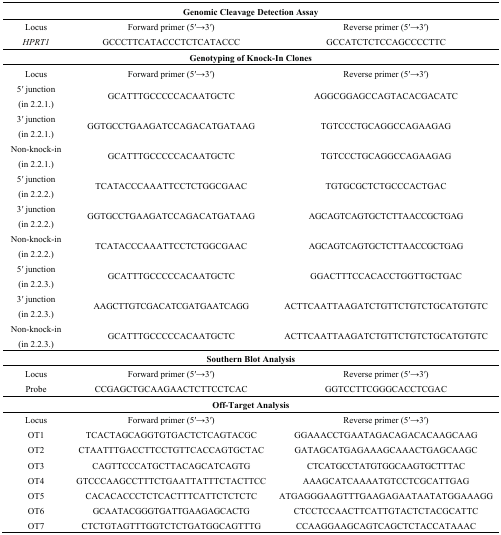
| <COLSPAN=3> Genomic Cleavage Detection Assay |
 | --- | --- | --- |
 | Locus | Forward primer (5′→3′) | Reverse primer (5′→3′) |
 | HPRT1 | GCCCTTCATACCCTCTCATACCC | GCCATCTCTCCAGCCCCTTC |
 | <COLSPAN=3> Genotyping of Knock-In Clones |
 | Locus | Forward primer (5′→3′) | Reverse primer (5′→3′) |
 | 5′ junction (in 2.2.1.) | GCATTTGCCCCCACAATGCTC | AGGCGGAGCCAGTACACGACATC |
 | 3′ junction (in 2.2.1.) | GGTGCCTGAAGATCCAGACATGATAAG | TGTCCCTGCAGGCCAGAAGAG |
 | Non-knock-in (in 2.2.1.) | GCATTTGCCCCCACAATGCTC | TGTCCCTGCAGGCCAGAAGAG |
 | 5′ junction (in 2.2.2.) | TCATACCCAAATTCCTCTGGCGAAC | TGTGCGCTCTGCCCACTGAC |
 | 3′ junction (in 2.2.2.) | GGTGCCTGAAGATCCAGACATGATAAG | AGCAGTCAGTGCTCTTAACCGCTGAG |
 | Non-knock-in (in 2.2.2.) | TCATACCCAAATTCCTCTGGCGAAC | AGCAGTCAGTGCTCTTAACCGCTGAG |
 | 5′ junction (in 2.2.3.) | GCATTTGCCCCCACAATGCTC | GGACTTTCCACACCTGGTTGCTGAC |
 | 3′ junction (in 2.2.3.) | AAGCTTGTCGACATCGATGAATCAGG | ACTTCAATTAAGATCTGTTCTGTCTGCATGTGTC |
 | Non-knock-in (in 2.2.3.) | GCATTTGCCCCCACAATGCTC | ACTTCAATTAAGATCTGTTCTGTCTGCATGTGTC |
 | <COLSPAN=3> Southern Blot Analysis |
 | Locus | Forward primer (5′→3′) | Reverse primer (5′→3′) |
 | Probe | CCGAGCTGCAAGAACTCTTCCTCAC | GGTCCTTCGGGCACCTCGAC |
 | <COLSPAN=3> Off-Target Analysis |
 | Locus | Forward primer (5′→3′) | Reverse primer (5′→3′) |
 | OT1 | TCACTAGCAGGTGTGACTCTCAGTACGC | GGAAACCTGAATAGACAGACACAAGCAAG |
 | OT2 | CTAATTTGACCTTCCTGTTCACCAGTGCTAC | GATAGCATGAGAAAGCAAACTGAGCAAGC |
 | OT3 | CAGTTCCCATGCTTACAGCATCAGTG | CTCATGCCTATGTGGCAAGTGCTTTAC |
 | OT4 | GTCCCAAGCCTTTCTGAATTATTTCTACTTCC | AAAGCATCAAAATGTCCTCGCATTGAG |
 | OT5 | CACACACCCTCTCACTTTCATTCTCTCTC | ATGAGGGAAGTTTGAAGAGAATAATATGGAAAGG |
 | OT6 | GCAATACGGGTGATTGAAGAGCACTG | CTCCTCCAACTTCATTGTACTCTACGCATTC |
 | OT7 | CTCTGTAGTTTGGTCTCTGATGGCAGTTTG | CCAAGGAAGCAGTCAGCTCTACCATAAAC |